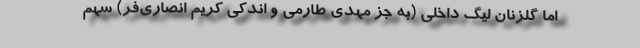
اما گلزنان لیگ داخلی (به جز مهدی طارمی و اندکی کریم انصاری‌فر) سهم